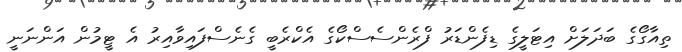
ތިއާގޯގެ ބަދަލަށް އިޓަލީގެ ޑިފެންޑަރު ފްރެންސެސްކޯގެ އެކްރެބީ ގެނެސްފައިވާއިރު އެ ޓީމުން އަންނަނީ